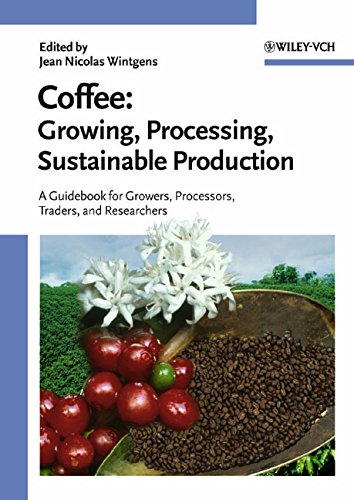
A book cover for Coffee: Growing, Processing, Sustainable Production; Jean Nicolas Wintgens; Cookbooks, Food & Wine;